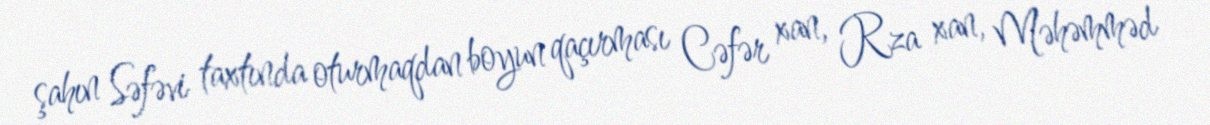
şahın Səfəvi taxtında oturmaqdan boyun qaçırması Cəfər xan, Rza xan, Məhəmməd